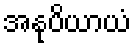
အနုပိယာယံ